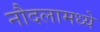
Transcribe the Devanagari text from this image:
नौदलामध्ये